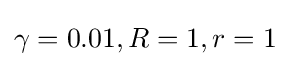
\gamma =0.01,R=1,r=1